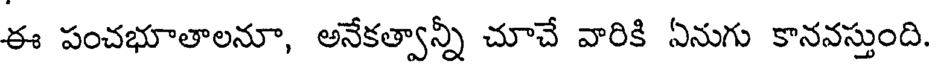
ఈ పంచభూతాలనూ, అనేకత్వాన్నీ చూచే వారికి ఏనుగు కానవస్తుంది.